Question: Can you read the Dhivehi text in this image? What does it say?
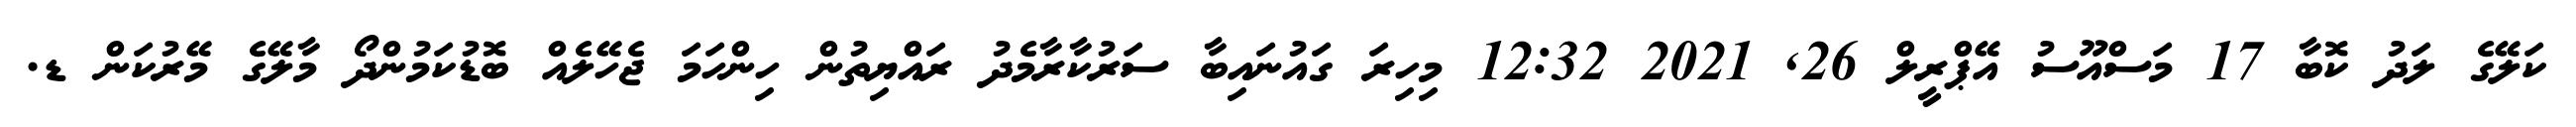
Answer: ކަލޭގެ ލަދު ކޮބާ 17 މަސްއޫސު އޭޕްރީލް 26, 2021 12:32 މިހިރަ ގައުނައިބާ ސަރުކާރާމެދު ރައްޔިތުން ހިންހަމަ ޖެހޭލެއް ބޮޑުކަމުންދޯ މާލޭގެ މޭރުކަން ޑ.